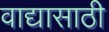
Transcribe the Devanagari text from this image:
वाद्यासाठी